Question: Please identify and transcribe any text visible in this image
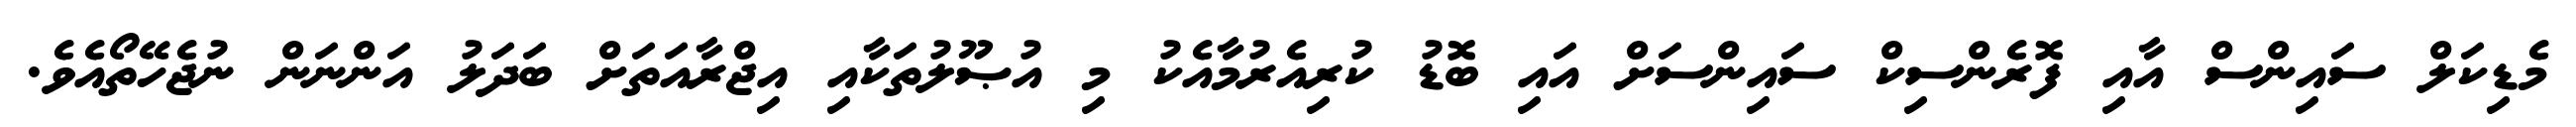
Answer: މެޑިކަލް ސައިންސް އާއި ފޮރެންސިކް ސައިންސަށް އައި ބޮޑު ކުރިއެރުމާއެކު މި އުޞޫލުތަކާއި އިޖްރާއަތަށް ބަދަލު އަންނަން ނުޖެހޭތޯއެވެ.